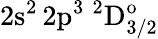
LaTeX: \mathrm{2s^{2}\, 2p^{3}~^{2}D_{3/2}^{o}}